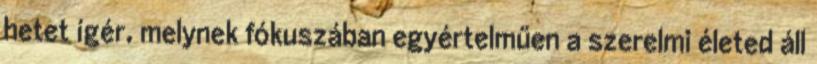
hetet ígér, melynek fókuszában egyértelműen a szerelmi életed áll